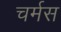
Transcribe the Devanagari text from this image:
चर्मस